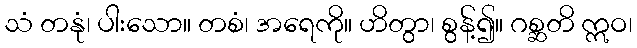
သံ တနုံ၊ ပါးသော။ တစံ၊ အရေကို။ ဟိတွာ၊ စွန့်၍။ ဂစ္ဆတိ ဣဝ၊